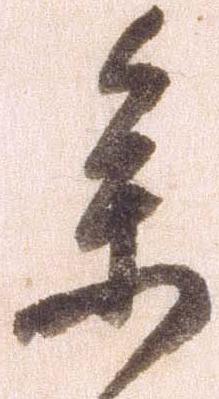
参